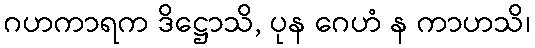
ဂဟကာရက ဒိဋ္ဌောသိ, ပုန ဂေဟံ န ကာဟသိ၊